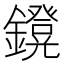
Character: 𨮴